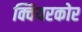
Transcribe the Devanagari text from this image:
क्वियरकोर